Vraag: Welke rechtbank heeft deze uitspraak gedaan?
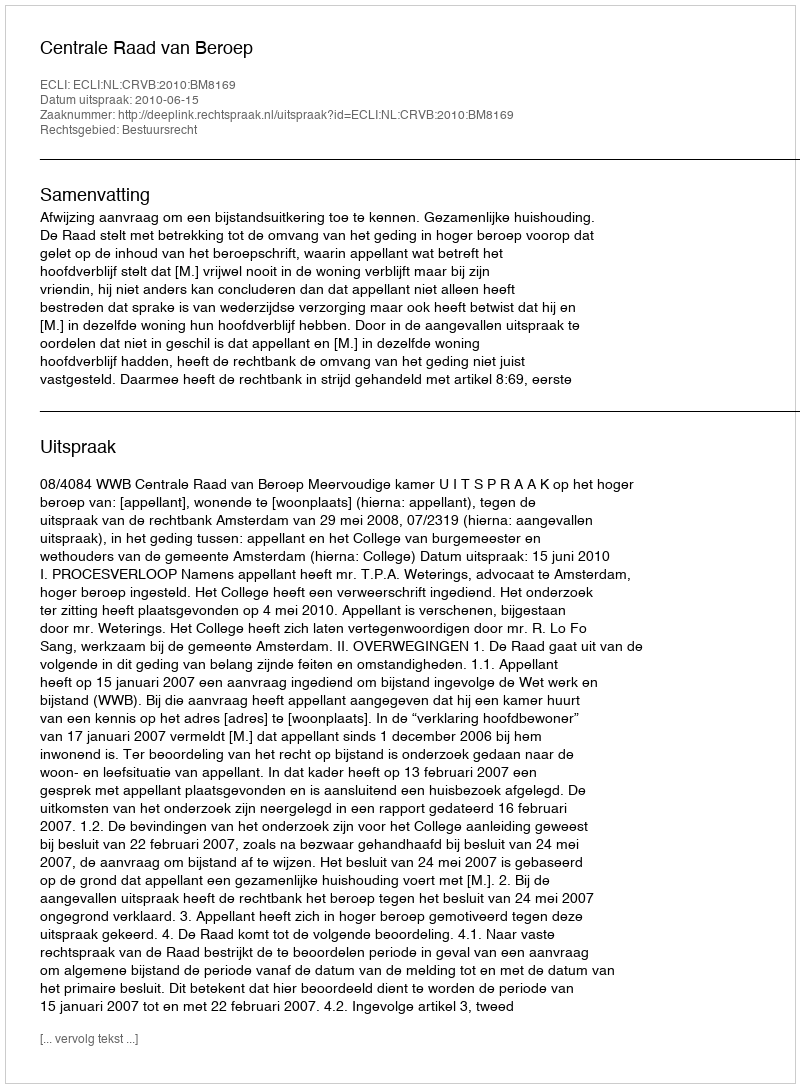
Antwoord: Centrale Raad van Beroep